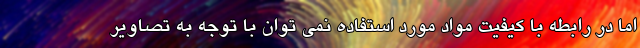
اما در رابطه با کیفیت مواد مورد استفاده نمی توان با توجه به تصاویر